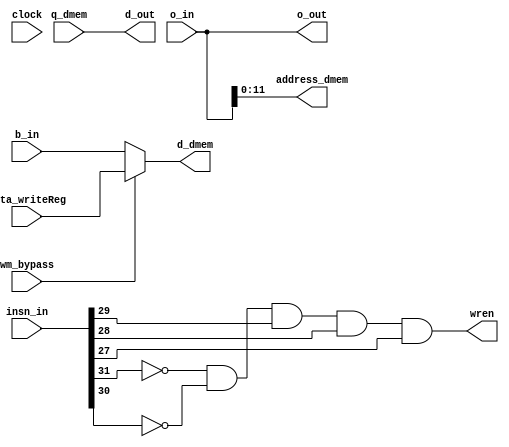
module stage_memory(

	// inputs
	clock,
	insn_in, 
	q_dmem, 
	o_in, 
	b_in, 
	wm_bypass,
	data_writeReg,
	
	// outputs
	o_out, 
	d_out, 
	d_dmem, 
	address_dmem, 
	wren
);

	input [31:0] insn_in, q_dmem;					//	q_mem: output of dmem (lw)
	input [31:0] o_in, b_in;						//	ALU_result is used to address into dmem
	input clock, wm_bypass;									// WM BYPASSING
	input [31:0] data_writeReg;
	
	output [31:0] o_out, d_out, d_dmem;			//	d_dmem: data to write to dmem ($rd for sw)
	output [11:0] address_dmem;
	output wren;

	wire [4:0] opcode;
	
	assign opcode 			= insn_in[31:27];
	assign wren 			= ~opcode[4] && ~opcode[3] && opcode[2] && opcode[1] && opcode[0]; 		//sw
	assign o_out 			= o_in;
	assign d_out 			= q_dmem;
	assign address_dmem 	= o_in[11:0];
	
	/* WM BYPASSING */
	assign d_dmem 			= wm_bypass ? data_writeReg : b_in;
	
endmodule